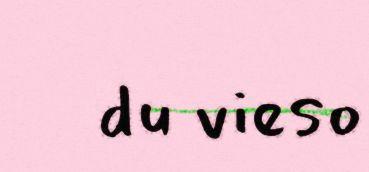
du vieso